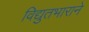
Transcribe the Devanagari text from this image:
विद्युतभाराने